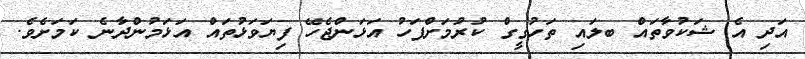
އަދި އެ ޝަކުވާތައް ބލައި ތަހުގީގް ކުރުމަށްފަހު އަޅަންޖެހޭ ފިޔަވަޅުތައް އަޅަމުންދާނެ ކަމަށެވެ.